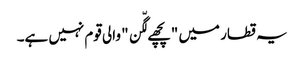
یہ قطار میں "پچھے لگّن" والی قوم نہیں ہے۔